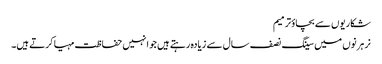
شکاریوں سے بچاؤترمیم
نر ہرنوں میں سینگ نصف سال سے زیادہ رہتے ہیں جو انہیں حفاظت مہیا کرتے ہیں۔